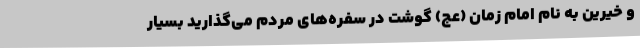
و خیرین به نام امام زمان (عج) گوشت در سفره‌های مردم می‌گذارید بسیار